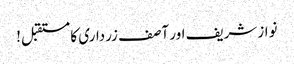
نوازشریف اور آصف زرداری کا مستقبل!